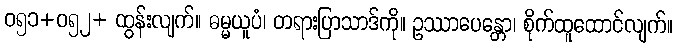
ဝ၅၁+ဝ၅၂+ ထွန်းလျက်။ ဓမ္မယူပံ၊ တရားပြာသာဒ်ကို။ ဥဿာပေန္တော၊ စိုက်ထူထောင်လျက်။